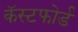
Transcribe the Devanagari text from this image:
कॅस्टफोर्ड